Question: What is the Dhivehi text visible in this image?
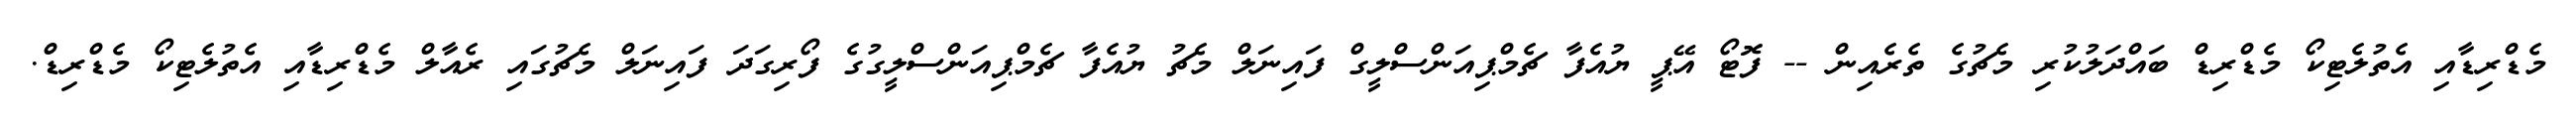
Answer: މެޑްރިޑާއި އެތުލެޓިކޯ މެޑްރިޑް ބައްދަލުކުރި މެޗުގެ ތެރެއިން -- ފޮޓޯ އޭޕީ ޔުއެފާ ޗެމްޕިއަންސްލީގް ފައިނަލް މެޗު ޔުއެފާ ޗެމްޕިއަންސްލީގުގެ ފޯރިގަދަ ފައިނަލް މެޗުގައި ރެއާލް މެޑްރިޑާއި އެތުލެޓިކޯ މެޑްރިޑް.